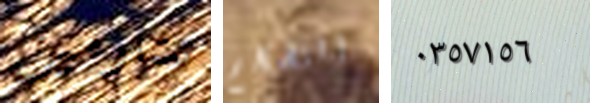
تشارمين التضخم ٠٣٥٧١٥٦